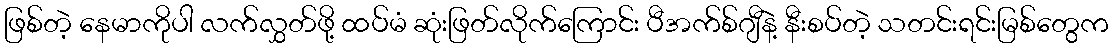
ဖြစ်တဲ့ နေမာကိုပါ လက်လွှတ်ဖို့ ထပ်မံ ဆုံးဖြတ်လိုက်ကြောင်း ပီအက်စ်ဂျီနဲ့ နီးစပ်တဲ့ သတင်းရင်းမြစ်တွေက